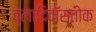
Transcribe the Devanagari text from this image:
व्लादिवॉस्तोक